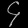
Digit: ၄